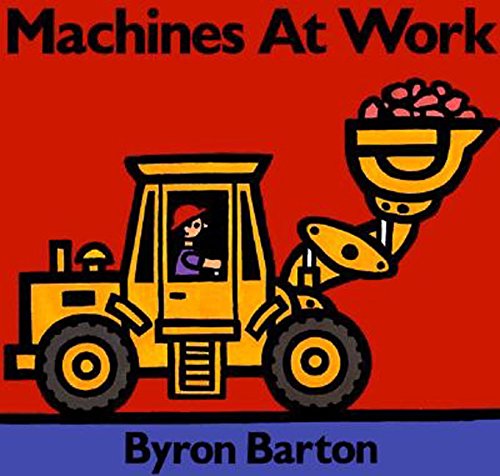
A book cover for Machines at Work; Byron Barton; Children's Books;